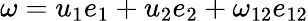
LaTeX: \omega=u_{1}e_{1}+u_{2}e_{2}+\omega_{12}e_{12}